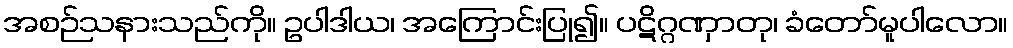
အစဉ်သနားသည်ကို။ ဥပါဒါယ၊ အကြောင်းပြု၍။ ပဋိဂ္ဂဏှာတု၊ ခံတော်မူပါလော။